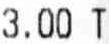
3.00 T